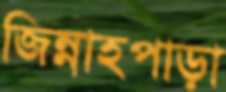
জিন্নাহপাড়া